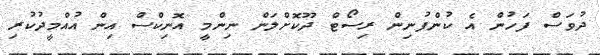
ދުވަސް ފަހުން އެ ކުންފުނިން ރިސޯޓް ދޫކޮށްލަން ނިންމީ އޮނިކްސް އިން އުއްމީދުކުރި